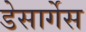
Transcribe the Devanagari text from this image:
डेसार्गेस